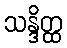
သန္ဒိတ္ထ